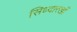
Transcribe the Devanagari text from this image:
सिध्दारखाँ